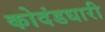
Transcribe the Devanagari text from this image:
कोदंडधारी